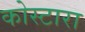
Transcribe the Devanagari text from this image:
कोस्‍टारा